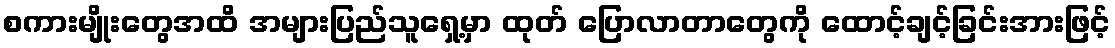
စကားမျိုးတွေအထိ အများပြည်သူရှေ့မှာ ထုတ် ပြောလာတာတွေကို ထောင့်ချင့်ခြင်းအားဖြင့်